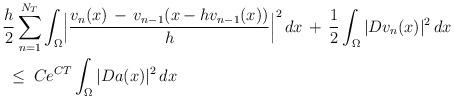
LaTeX: \begin{align*}&\frac h {2} \sum_{n=1}^{N_T} \int_{\Omega} \Bigl\vert \frac {v_n (x) \, - \, v_{n-1} (x-hv_{n-1}(x))}{h} \Bigr\vert^2 \, dx\, + \, \frac 12 \int_\Omega | D v_n (x) |^2 \, dx\\&\; \le \; C e^{CT} \int_\Omega | D a (x) |^2 \, dx\end{align*}